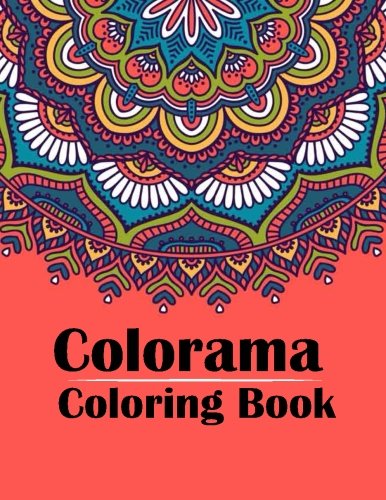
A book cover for Colorama Coloring Book: Stress Relieving Patterns : Coloring Books For Adults, coloring books for adults relaxation, coloring book for grown ups ,colorama coloring book for adults (Volume 10); Colorama Coloring Book; Arts & Photography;